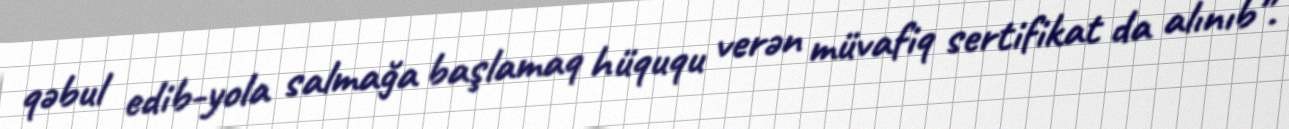
qəbul edib-yola salmağa başlamaq hüququ verən müvafiq sertifikat da alınıb”.